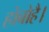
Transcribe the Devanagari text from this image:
होबोहै।